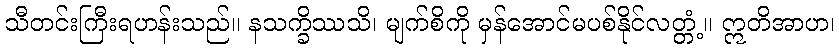
သီတင်းကြီးရဟန်းသည်။ နသက္ခိဿသိ၊ မျက်စိကို မှန်အောင်မပစ်နိုင်လတ္တံ့။ ဣတိအာဟ၊